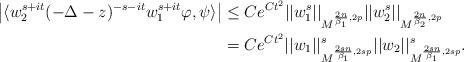
LaTeX: \begin{align*}\big| \langle w_2^{{s+it}}(-\Delta-z)^{-s-it}w_1^{{s+it}} \varphi, \psi \rangle \big|&\le Ce^{Ct^2}||w_1^s||_{M^{\frac{2n}{\beta_1},2p}}||w_2^s||_{M^{\frac{2n}{\beta_2},2p}}\\&=Ce^{Ct^2}||w_1||_{M^{\frac{2sn}{\beta_1},2sp}}^s||w_2||_{M^{\frac{2sn}{\beta_1},2sp}}^s.\end{align*}